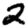
Digit: 2